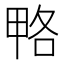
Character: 𰣆